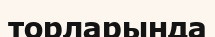
торларында